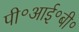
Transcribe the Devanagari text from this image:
पी॰आई॰बी॰